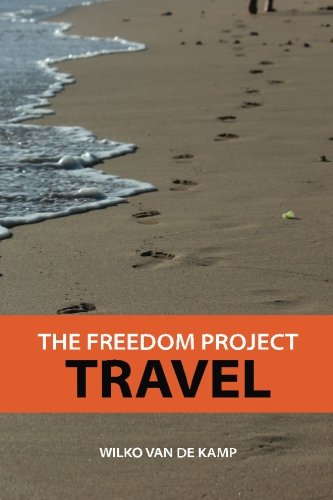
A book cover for The Freedom Project: Travel - Travel Hacking Simplified. The Secrets to Traveling the World and Flying for Free (Volume 1); Wilko van de Kamp; Travel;